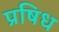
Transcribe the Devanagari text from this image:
प्रषिध